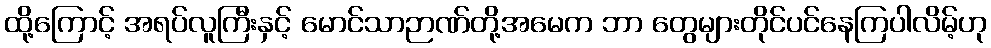
ထို့ကြောင့် အရပ်လူကြီးနှင့် မောင်သာဉာဏ်တို့အမေက ဘာ တွေများတိုင်ပင်နေကြပါလိမ့်ဟု